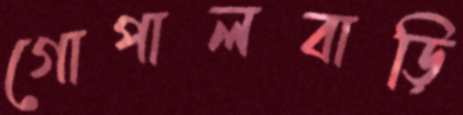
গোপালবাড়ি